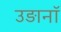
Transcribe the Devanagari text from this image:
उड़ानॉ